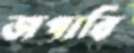
জপাবি